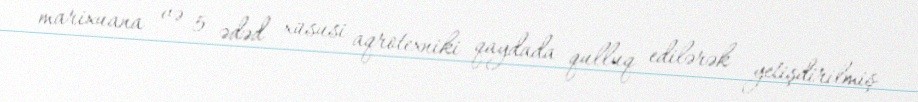
marixuana və 5 ədəd xüsusi aqrotexniki qaydada qulluq edilərək yetişdirilmiş